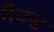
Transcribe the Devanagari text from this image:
मैक्‍स